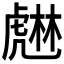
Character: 𧇨